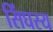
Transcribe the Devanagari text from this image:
सिंघस्य